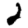
Digit: 2